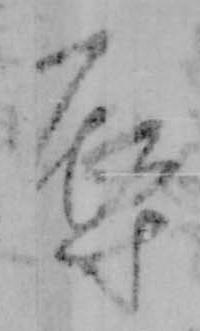
辱